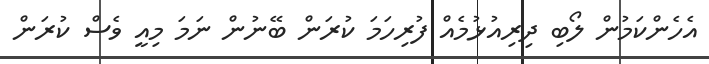
އެހެންކަމުން ލޯބި ދިރިއުޅުމެއް ފުރިހަމަ ކުރަން ބޭނުން ނަމަ މިއީ ވެސް ކުރަން